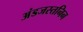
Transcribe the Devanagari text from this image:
अंडजस्तनिन